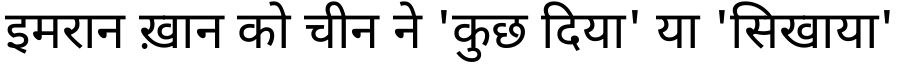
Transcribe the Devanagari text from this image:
इमरान ख़ान को चीन ने 'कुछ दिया' या 'सिखाया'